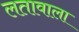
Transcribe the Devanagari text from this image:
लतावाला